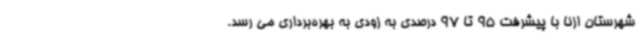
شهرستان ازنا با پیشرفت 95 تا 97 درصدی به زودی به بهره‌برداری می رسد.